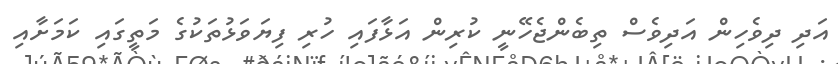
އަދި ދިވެހިން އަދިވެސް ތިބެންޖެހޭނީ ކުރިން އަޅާފައި ހުރި ފިޔަވަޅުތަކުގެ މަތީގައި ކަމަށާއި